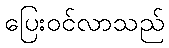
ပြေးဝင်လာသည်